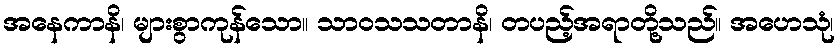
အနေကာနိ၊ များစွာကုန်သော။ သာဝသသတာနိ၊ တပည့်အရာတို့သည်။ အဟေသုံ၊